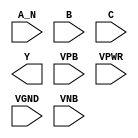
module sky130_fd_sc_lp__nand3b (
    //# {{data|Data Signals}}
    input  A_N ,
    input  B   ,
    input  C   ,
    output Y   ,

    //# {{power|Power}}
    input  VPB ,
    input  VPWR,
    input  VGND,
    input  VNB
);
endmodule